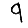
Digit: 9